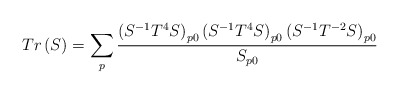
\begin{align*}Tr\left( S\right) =\sum _{p}\frac{\left( S^{-1}T^{4}S\right) _{p0}\left( S^{-1}T^{4}S\right) _{p0}\left( S^{-1}T^{-2}S\right) _{p0}}{S_{p0}}\end{align*}